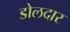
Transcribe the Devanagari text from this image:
डोलदार